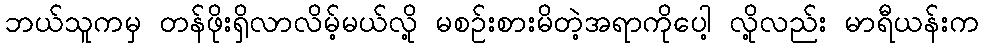
ဘယ်သူကမှ တန်ဖိုးရှိလာလိမ့်မယ်လို့ မစဉ်းစားမိတဲ့အရာကိုပေါ့ လို့လည်း မာရီယန်းက